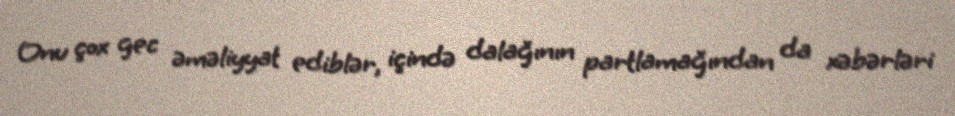
Onu çox gec əməliyyat ediblər, içində dalağının partlamağından da xəbərləri